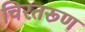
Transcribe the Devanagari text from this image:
चिरतरूण